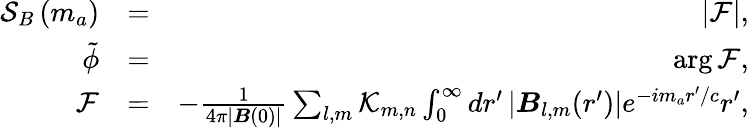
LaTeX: \begin{array}{rlr}{\mathcal S_{B}\left(m_{a}\right)}&{=}&{\left|\mathcal F\right|,}\\ {\tilde{\phi}}&{=}&{\arg\mathcal{F},}\\ {\mathcal F}&{=}&{-\frac{1}{4\pi\left|{\boldsymbol B}(0)\right|}\sum_{l,m}\mathcal K_{m,n}\int_{0}^{\infty}dr^{\prime}\left|\boldsymbol B_{l,m}(r^{\prime})\right|e^{-im_{a}r^{\prime}/c}r^{\prime},}\end{array}